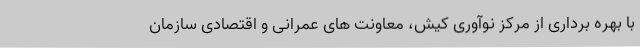
با بهره برداری از مرکز نوآوری کیش، معاونت های عمرانی و اقتصادی سازمان